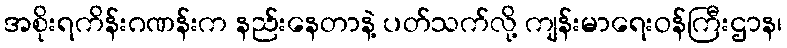
အစိုးရကိန်းဂဏန်းက နည်းနေတာနဲ့ ပတ်သက်လို့ ကျန်းမာရေးဝန်ကြီးဌာန၊